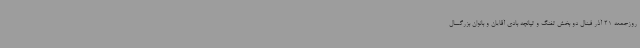
روزجمعه 21 آذر فینال دو بخش تفنگ و تپانچه بادی آقایان و بانوان بزرگسال